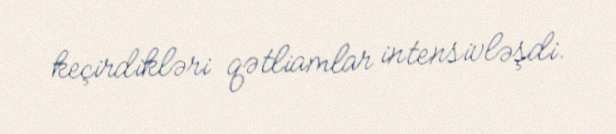
keçirdikləri qətliamlar intensivləşdi.